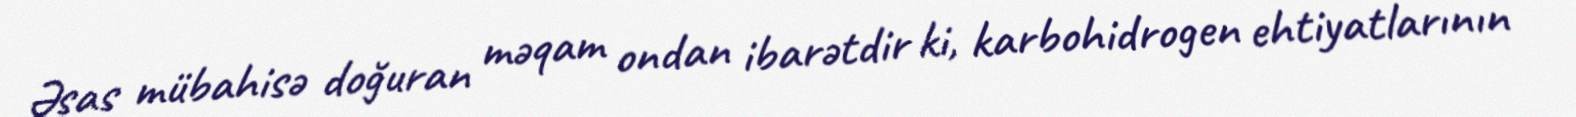
Əsas mübahisə doğuran məqam ondan ibarətdir ki, karbohidrogen ehtiyatlarının